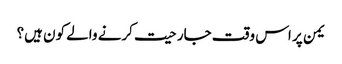
یمن پر اس وقت جارحیت کرنے والے کون ہیں؟